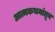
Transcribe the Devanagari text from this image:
आत्मकथनांतून